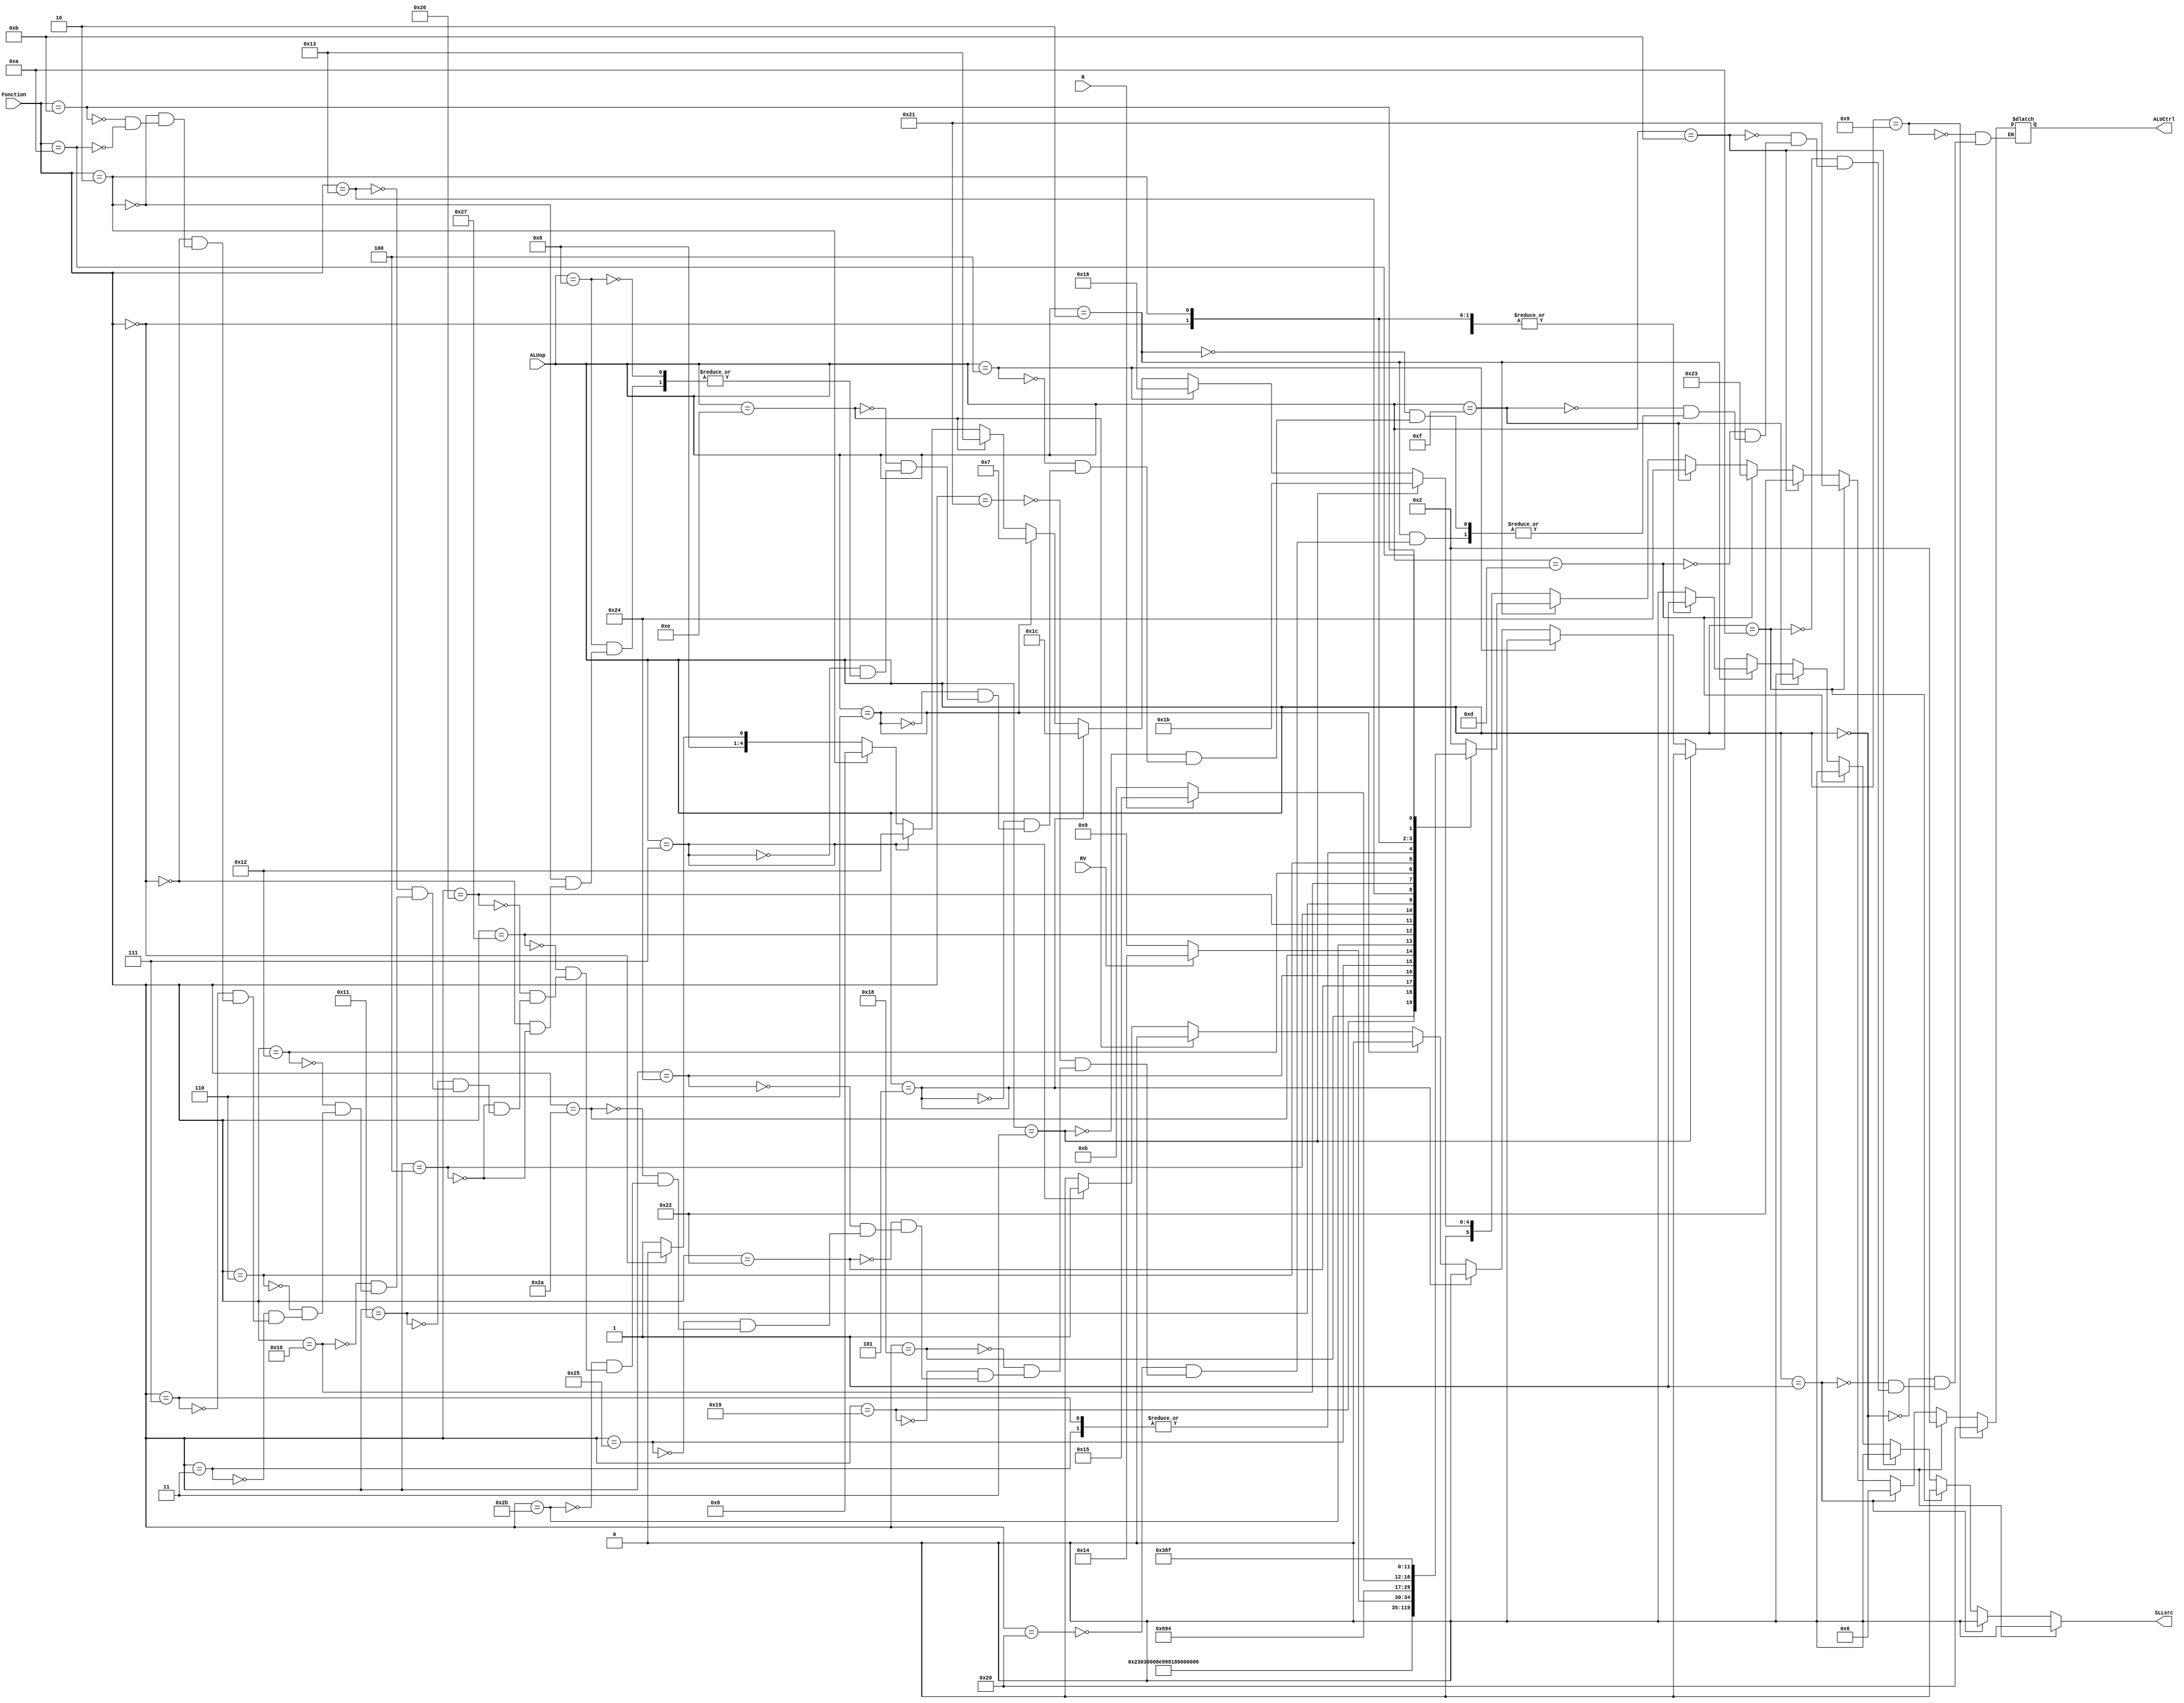
`timescale 1ns / 1ps
//////////////////////////////////////////////////////////
//  Hanlin Chen Adam Awale Percentage 50/50 

module ALUControl(ALUop,R,RV,Function,ALUCtrl,SLLsrc);
input [3:0] ALUop;
input [5:0] Function;
input R,RV;
output reg [5:0]ALUCtrl;
output reg SLLsrc;
  always@*begin 
    SLLsrc<=0;
  if(ALUop==4'b0000)begin

    ALUCtrl<=6'b00010;// add for lw sw addi 
    end 
   else if (ALUop==4'b0001)begin// beq // bne
      ALUCtrl<=6'd6; // sub  
    end 
   else if(ALUop==4'b1010)begin // bgtz
    ALUCtrl<=6'd33; 
   end 
   else if (ALUop==4'b1011)begin // bgez
    ALUCtrl<=6'd34; 
   end 
   else if ( ALUop==4'b1101)begin // bltz
    ALUCtrl<=6'd35; 
   end 
   else if ( ALUop==4'b1111)begin // blez
      ALUCtrl<=6'd36; 
     end 
   else if (ALUop==4'b0010)begin // all I type 
    case(Function)
     6'b100000:    ALUCtrl<=6'd2;// add
     6'b100001:    ALUCtrl<=6'd2;// addu
     6'b011000:    ALUCtrl<=6'd4;// mult
     6'b011001:    ALUCtrl<=6'd24;// multu
     6'b100010:    ALUCtrl<=6'd6; // sub
     6'b100100:    ALUCtrl<=6'd0;// and 
     6'b100101:    ALUCtrl<=6'd1; // or 
     6'b101010:    ALUCtrl<=6'd7; // slt
     9'b101011:    ALUCtrl<=6'd19; // sltu
     6'b100111:    ALUCtrl<=6'd12; // nor
     6'b100110:    ALUCtrl<=6'd3; // Xor 
     6'b000100:    ALUCtrl<=6'd5;// sllv 
     6'b010001:    ALUCtrl<=6'd30;//  MTHI
     6'b010011:    ALUCtrl<=6'd29;//  MTLO
     6'b010000:    ALUCtrl<=6'd31;//  MFHI
     6'b010010:    ALUCtrl<=6'd23;//  MFLO
     6'b000110:  begin 
      if(RV=='b0)begin 
       ALUCtrl<=6'd9;//srlv
        end 
      else if(RV=='b1)begin //rotrv
       ALUCtrl<=6'd20;
      end 
       end 
     6'b000011:   begin 
         ALUCtrl<=6'd13;// sra
         SLLsrc<=1;
      end 
     6'b000111: ALUCtrl<=6'd13;// srav
     6'b000000: begin 
         ALUCtrl<=6'd10;// sll
         SLLsrc<=1;
         end  
     6'b000010: begin 
         if(R==1'b0)begin
         ALUCtrl<=6'd11;// srl
         end 
         else if(R==1'b1)begin //rotr
         ALUCtrl<=6'd21;
         end 
         SLLsrc<=1;
         end  
      6'b001011: ALUCtrl<=6'd14;// movn
      6'b001010: ALUCtrl<=6'd15;  //movz
    endcase 
   end 
     else if(ALUop==4'b0011)begin // ori 
        ALUCtrl<=6'd27;
      end   
    else if(ALUop==4'b0100)begin // xori 
              ALUCtrl<=6'd22;
            end 
    else if(ALUop==4'b0101)begin // andi 
            ALUCtrl<=6'd28;
        end 
    else if(ALUop==4'b0110)begin //slti 
            ALUCtrl<=6'd7;
    end 
    else if(ALUop==4'b1110)begin //sltiu 
                ALUCtrl<=6'd19;
        end 
    else if(ALUop==4'b0111)begin //seh or seb 
                ALUCtrl<=6'd18;
                SLLsrc<=1;
        end
     else if(ALUop==4'b1000)begin
     if(Function==6'b000010)begin // mul
          ALUCtrl<=6'd8;
         end 
         else if(Function==6'b000000)begin // MADD
            ALUCtrl<=6'd16;
           end 
         else if(Function==6'b000100)begin // MSUB
              ALUCtrl<=6'd17;
                end  
     end   
    if(ALUop==4'b1001)begin 
       ALUCtrl<=6'd32;
    end  
   end 
endmodule